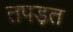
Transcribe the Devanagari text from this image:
तपड़त